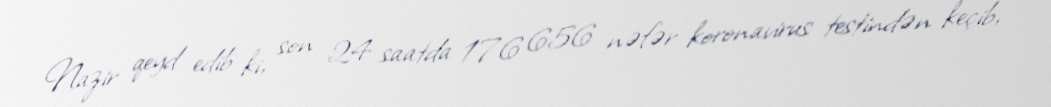
Nazir qeyd edib ki, son 24 saatda 176 656 nəfər koronavirus testindən keçib,